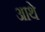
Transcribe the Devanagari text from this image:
आथे